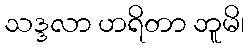
သဒ္ဒလာ ဟရိတာ ဘူမိ၊